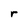
Character: r